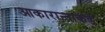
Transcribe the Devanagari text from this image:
आकारान्ताकडे